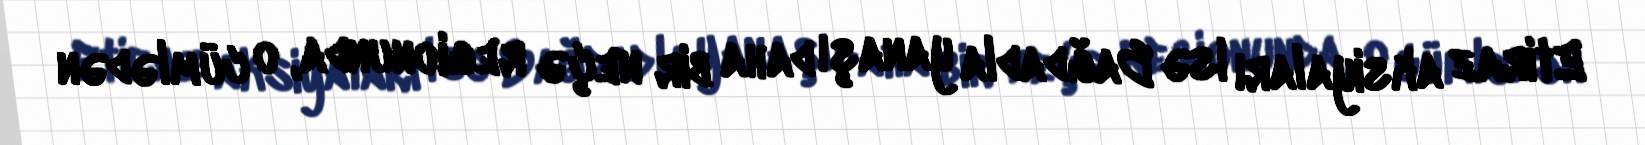
Etiraz aksiyaları isə Bağdadla yanaşı daha bir neçə regionunda, o cümlədən